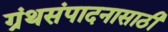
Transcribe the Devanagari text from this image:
ग्रंथसंपादनासाठी